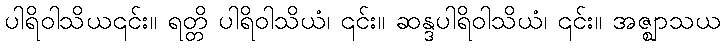
ပါရိဝါသိယ၎င်း။ ရတ္တိ ပါရိဝါသိယံ၊ ၎င်း။ ဆန္ဒပါရိဝါသိယံ၊ ၎င်း။ အဇ္ဈာသယ